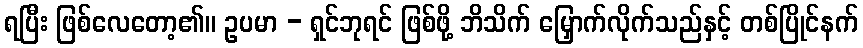
ရပြီး ဖြစ်လေတော့၏။ ဥပမာ - ရှင်ဘုရင် ဖြစ်ဖို့ ဘိသိက် မြှောက်လိုက်သည်နှင့် တစ်ပြိုင်နက်